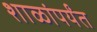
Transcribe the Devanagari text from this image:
शाळांपर्यंत